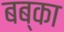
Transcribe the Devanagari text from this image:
बब्का